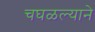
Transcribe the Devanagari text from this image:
चघळल्याने